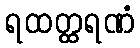
ရထတ္ထရဏံ